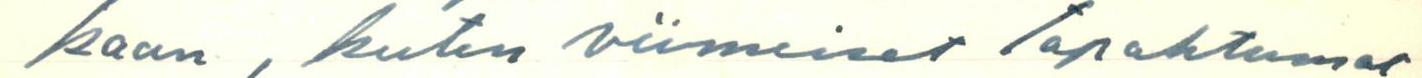
kaan, kuten viimeiset tapahtumat